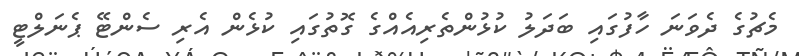
މެޗުގެ ދެވަނަ ހާފުގައި ބަދަލު ކުޅުންތެރިއެއްގެ ގޮތުގައި ކުޅެން އެރި ސެންޓޭ ޕެނަލްޓީ